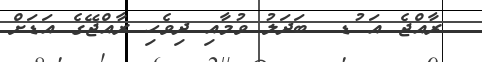
ރާއްޖެ އަ ުޑ  ބަދަލު ވުމާއި ދިވެހި ރާއްޖޭގެ އަޑަށް